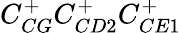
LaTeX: C_{CG}^{+}C_{CD2}^{+}C_{CE1}^{+}